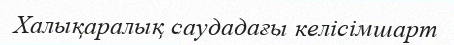
Халықаралық саудадағы келісімшарт